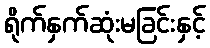
ရိုက်နှက်ဆုံးမခြင်းနှင့်